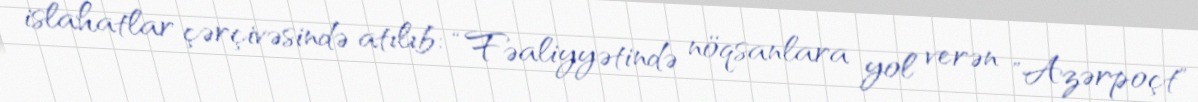
islahatlar çərçivəsində atılıb: “Fəaliyyətində nöqsanlara yol verən "Azərpoçt"